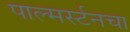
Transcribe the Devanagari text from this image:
पाल्मर्स्टनचा